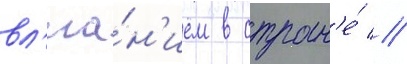
вл'иа́н'ием в стран'е́ //